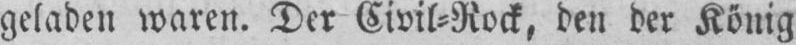
geladen waren. Der Civil⸗Rock, den der König